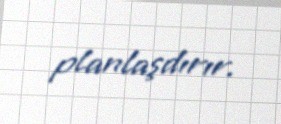
planlaşdırır.